Annual report on the working of the lock hospitals in the Central Provinces
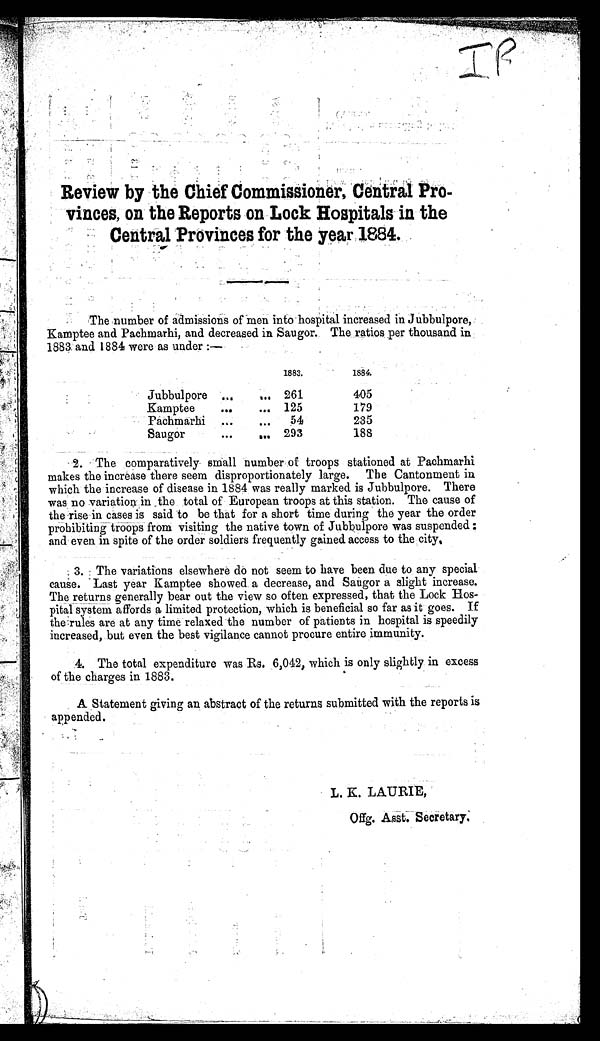
IP
Review by the Chief Commissioner, Central Pro
-
winces, on the Reports on Lock Hospitals- in the
Central Provinces for the year 1884. .
The number of admissions of men into hospital increased in Jubbulpore,
Kamptee and Pachmarhi, and decreased in Saugor. The ratios per thousand in
1883 and 1884 were as under :—
1883.
1884.
Jubbulpore ...
... 261
405
Kamptee
...
... 125
179
Pachmarhi .,.
... 54
235
Saugor
...
... 293
188
2. The comparatively small number of troops stationed at Pachmarhi
makes the increase there seem disproportionately large. The Cantonment in
which the increase of disease in 1884 was really marked is Jubbulpore. There
was no variation in the total of European troops at this station. The cause of
the rise in cases is said to be that for a short time during the year the order
prohibiting troops from visiting the native town of Jubbulpore was suspended:
and even in spite of the order soldiers frequently gained access to the city.
3. The variations elsewhere do not seem to have been due to any special
cause. Last year Kamptee showed a decrease, and Saugor a slight increase.
The returns generally bear out the view so often expressed, that the Lock Hos-
pital system affords a limited protection, which is beneficial so far as it goes. If
the rules are at any time relaxed the number of patients in hospital is speedily
increased, but even the best vigilance cannot procure entire immunity.
4. The total expenditure was Rs. 6,042, which is only slightly in excess
of the charges in 1883.
A Statement giving an abstract of the returns submitted with the reports is
appended.
L. K. LAURIE,
Offg. Asst. Secretary.